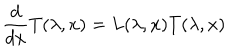
\frac { d } { d x } T ( \lambda , x ) = L ( \lambda , x ) T ( \lambda , x )